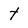
Character: t